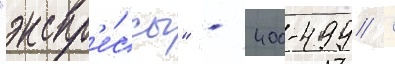
"экспр'е́ссы" - 400-499 /